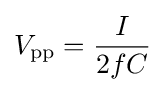
V_{\mathrm {pp} }={\frac {I}{2fC}}